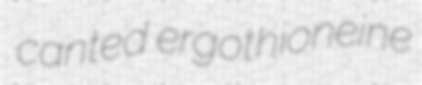
canted ergothioneine